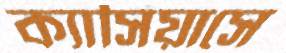
ক্যাসিয়াসে